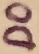
Text: D0